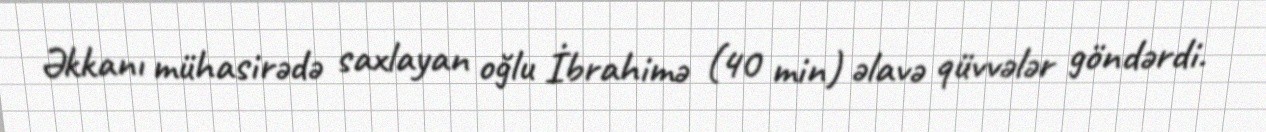
Əkkanı mühasirədə saxlayan oğlu İbrahimə (40 min) əlavə qüvvələr göndərdi.